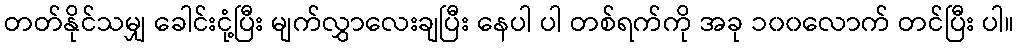
တတ်နိုင်သမျှ ခေါင်းငုံ့ပြီး မျက်လွှာလေးချပြီး နေပါ ပါ တစ်ရက်ကို အခု ၁၀၀လောက် တင်ပြီး ပါ။